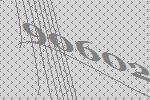
90602